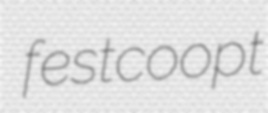
fest coopt